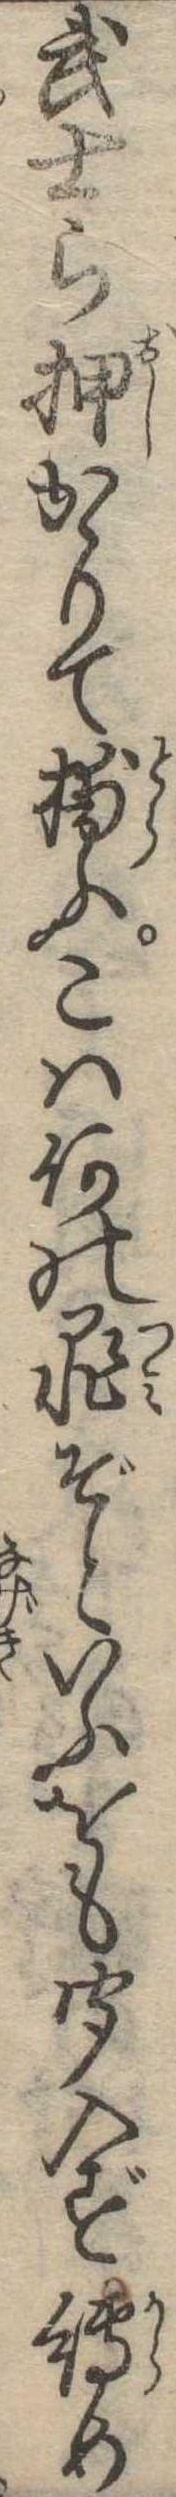
武士ら押かゝりて捕ふこは何の罪ぞといふをも聞入ず縛め